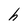
Character: h